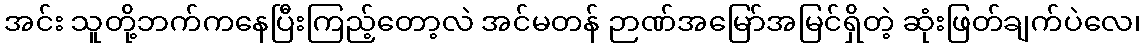
အင်း သူတို့ဘက်ကနေပြီးကြည့်တော့လဲ အင်မတန် ဉာဏ်အမြော်အမြင်ရှိတဲ့ ဆုံးဖြတ်ချက်ပဲလေ၊